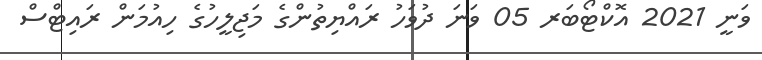
ވަނީ 2021 އޮކްޓޯބަރ 05 ވަނަ ދުވަހު ރައްޔިތުންގެ މަޖިލީހުގެ ހިއުމަން ރައިޓްސް